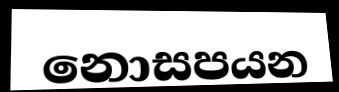
නොසපයන